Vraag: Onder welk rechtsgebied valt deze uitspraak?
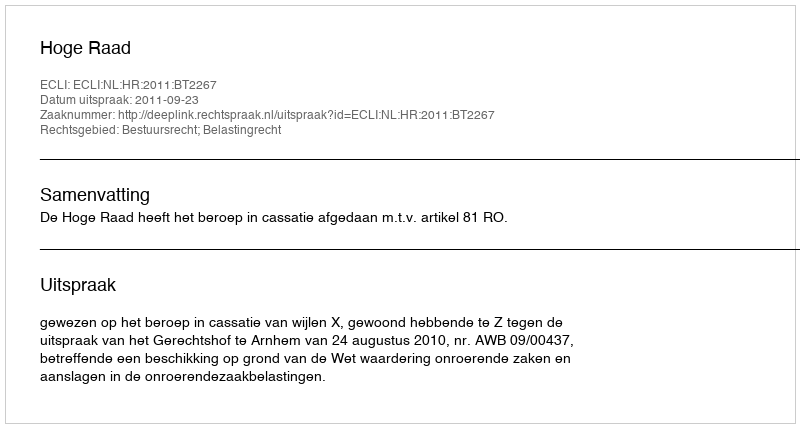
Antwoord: Bestuursrecht; Belastingrecht